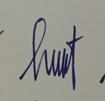
Signature authenticity: genuine